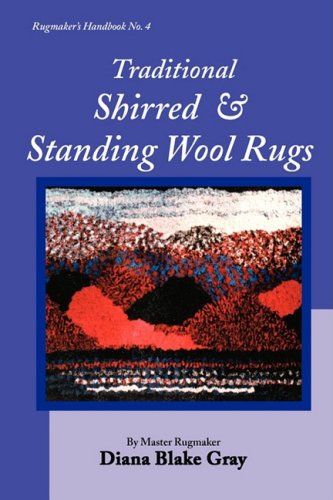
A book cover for Traditional Shirred and Standing Wool Rugs; Diana Blake Gray; Crafts, Hobbies & Home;